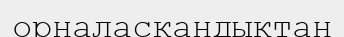
орналаскандыктан